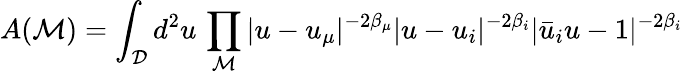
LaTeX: A({\cal M})=\int_{\cal D}d^{2}u\, \prod_{{\cal M}}|u-u_{\mu}|^{-2\beta_{\mu}}|u-u_{i}|^{-2\beta_{i}}|\bar{u}_{i}u-1|^{-2\beta_{i}}